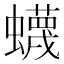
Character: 蠛